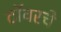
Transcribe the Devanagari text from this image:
टॉवरचे